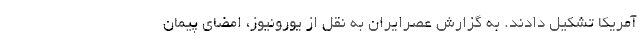
آمریکا تشکیل دادند. به گزارش عصرایران به نقل از یورونیوز، امضای پیمان